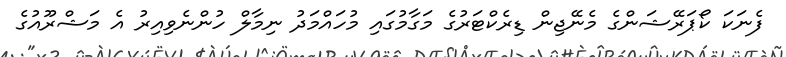
ފެނަކަ ކޯޕަރޭޝަންގެ މެނޭޖިން ޑިރެކްޓަރުގެ މަގާމުގައި މުހައްމަދު ނިމާލް ހުންނެވިއިރު އެ މަޝްރޫއުގެ